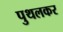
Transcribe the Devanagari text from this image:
पुथलकर